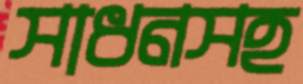
সাধনসহ